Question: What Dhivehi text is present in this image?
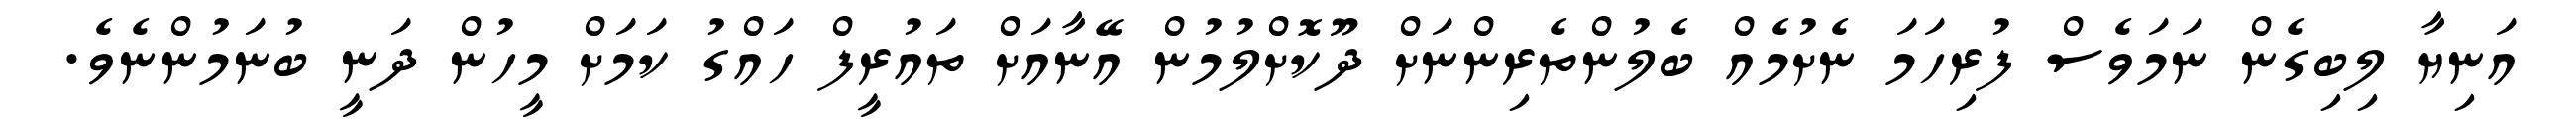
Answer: އަނިޔާ ލިބިގެން ނަމަވެސް ފުރިހަމަ ނެށުމެއް ބެލުންތެރިންނަށް ދޫކޮށްލުމުން އޭނާއަށް ތައުރީފް ހައްގު ކަމަށް މީހުން ދަނީ ބުނަމުންނެވެ.